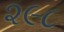
૨૯૮